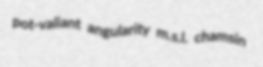
pot-valiant angularity m.s.l. chamsin